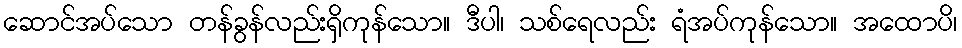
ဆောင်အပ်သော တန်ခွန်လည်းရှိကုန်သော။ ဒီပါ၊ သစ်ရေလည်း ရံအပ်ကုန်သော။ အထောပိ၊